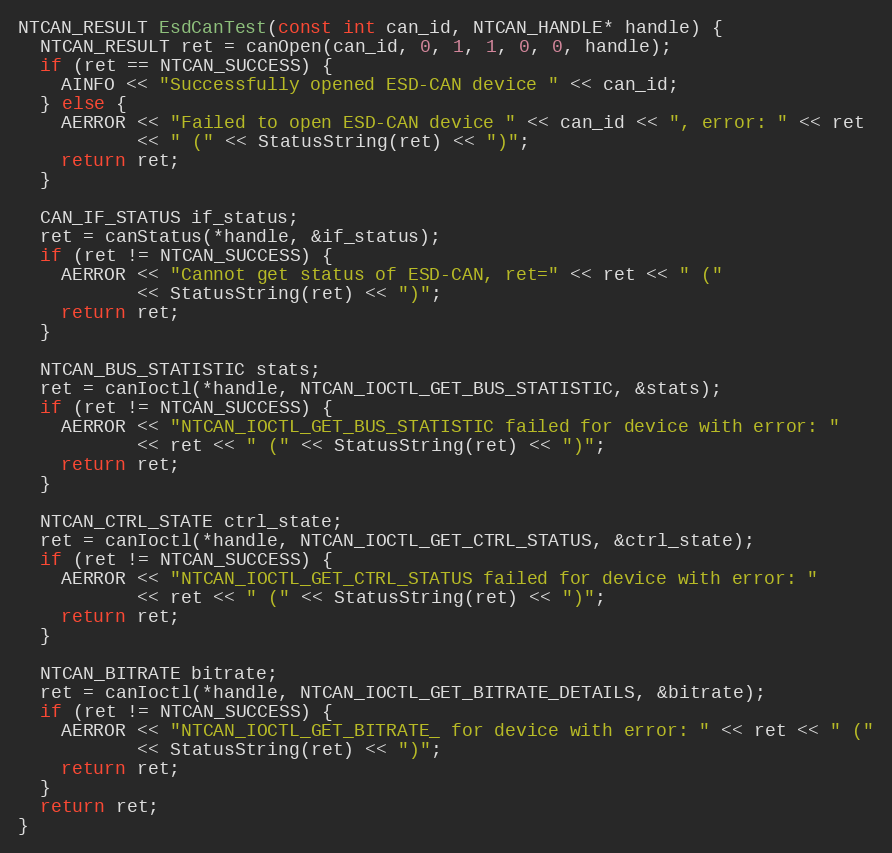
Language: C++
NTCAN_RESULT EsdCanTest(const int can_id, NTCAN_HANDLE* handle) {
  NTCAN_RESULT ret = canOpen(can_id, 0, 1, 1, 0, 0, handle);
  if (ret == NTCAN_SUCCESS) {
    AINFO << "Successfully opened ESD-CAN device " << can_id;
  } else {
    AERROR << "Failed to open ESD-CAN device " << can_id << ", error: " << ret
           << " (" << StatusString(ret) << ")";
    return ret;
  }

  CAN_IF_STATUS if_status;
  ret = canStatus(*handle, &if_status);
  if (ret != NTCAN_SUCCESS) {
    AERROR << "Cannot get status of ESD-CAN, ret=" << ret << " ("
           << StatusString(ret) << ")";
    return ret;
  }

  NTCAN_BUS_STATISTIC stats;
  ret = canIoctl(*handle, NTCAN_IOCTL_GET_BUS_STATISTIC, &stats);
  if (ret != NTCAN_SUCCESS) {
    AERROR << "NTCAN_IOCTL_GET_BUS_STATISTIC failed for device with error: "
           << ret << " (" << StatusString(ret) << ")";
    return ret;
  }

  NTCAN_CTRL_STATE ctrl_state;
  ret = canIoctl(*handle, NTCAN_IOCTL_GET_CTRL_STATUS, &ctrl_state);
  if (ret != NTCAN_SUCCESS) {
    AERROR << "NTCAN_IOCTL_GET_CTRL_STATUS failed for device with error: "
           << ret << " (" << StatusString(ret) << ")";
    return ret;
  }

  NTCAN_BITRATE bitrate;
  ret = canIoctl(*handle, NTCAN_IOCTL_GET_BITRATE_DETAILS, &bitrate);
  if (ret != NTCAN_SUCCESS) {
    AERROR << "NTCAN_IOCTL_GET_BITRATE_ for device with error: " << ret << " ("
           << StatusString(ret) << ")";
    return ret;
  }
  return ret;
}